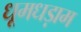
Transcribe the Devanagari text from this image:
धूमधड़ाम